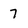
Character: 7